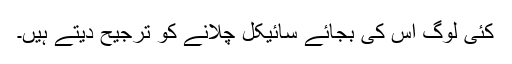
کئی لوگ اس کی بجائے سائیکل چلانے کو ترجیح دیتے ہیں۔